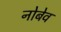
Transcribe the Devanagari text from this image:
नोबेव